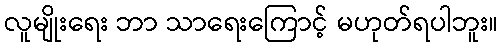
လူမျိုးရေး ဘာ သာရေးကြောင့် မဟုတ်ရပါဘူး။